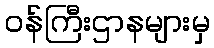
ဝန်ကြီးဌာနများမှ